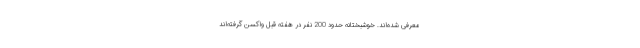
معرفی شده‌اند. خوشبختانه حدود 200 نفر در هفته قبل واکسن گرفته‌اند